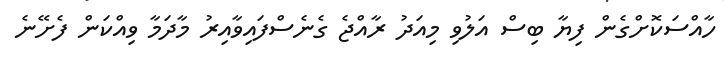
ހާއްސަކޮށްގެން ފިޔާ ބިސް އަލުވި މިއަދު ރާއްޖެ ގެނެސްފައިވާއިރު މާދަމާ ވިއްކަން ފެށޭނެ